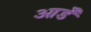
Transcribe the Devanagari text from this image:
आर्डॅ